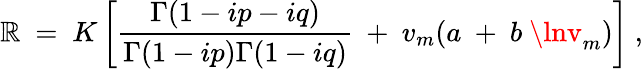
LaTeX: \mathbb{R}~=~K\left[{\frac{{\Gamma(1-ip-iq)}}{{\Gamma(1-ip)\Gamma(1-iq)}}}~+~v_{m}(a~+~b~\lnv_{m})\right]~,